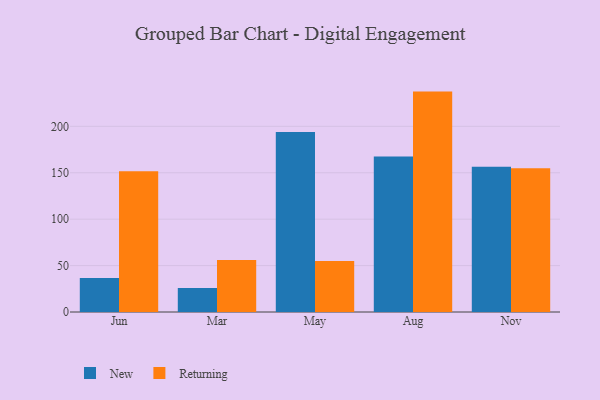
{"axis": {"x": "Month", "y": "LTV (USD)"}, "legend": ["New", "Returning"], "data": [{"x": "Jun", "y": 36.7, "type": "New"}, {"x": "Jun", "y": 151.7, "type": "Returning"}, {"x": "Mar", "y": 25.8, "type": "New"}, {"x": "Mar", "y": 56.1, "type": "Returning"}, {"x": "May", "y": 193.8, "type": "New"}, {"x": "May", "y": 54.8, "type": "Returning"}, {"x": "Aug", "y": 167.5, "type": "New"}, {"x": "Aug", "y": 237.4, "type": "Returning"}, {"x": "Nov", "y": 156.4, "type": "New"}, {"x": "Nov", "y": 154.9, "type": "Returning"}]}